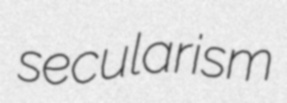
secularism